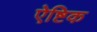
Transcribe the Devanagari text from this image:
ऐष्टिक